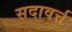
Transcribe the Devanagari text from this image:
सदावर्त्त